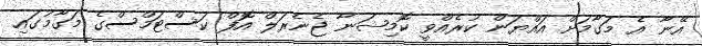
އޭނާ އެ މަގާމަށް އައްޔަން ކުރެއްވީ ކޮމިޝަނާ ޖެނެރަލް އޮފް ކަސްޓަމްސްގެ މަގާމުގައި